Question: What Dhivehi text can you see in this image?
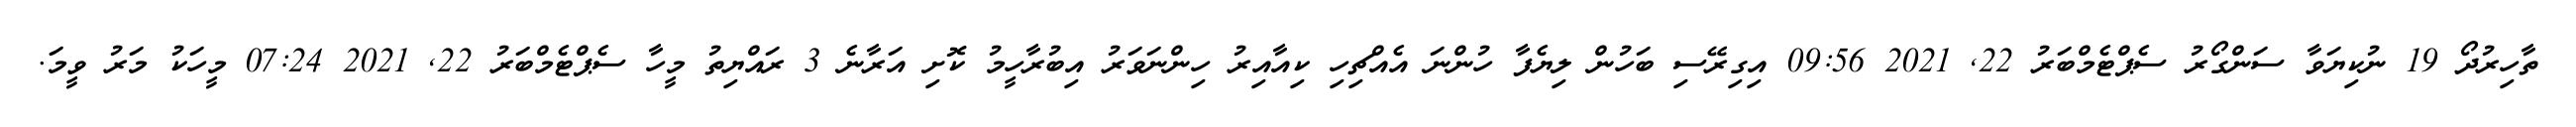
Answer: ތާހިރުދޯ 19 ނުކިޔަވާ ސަންގޯރު ސެޕްޓެމްބަރު 22, 2021 09:56 އިގިރޭސި ބަހުން ލިޔެފާ ހުންނަ އެއްޗިހި ކިއާއިރު ހިންނަވަރު އިބުރާހީމު ކޮށި އަރާނެ 3 ރައްޔިތު މީހާ ސެޕްޓެމްބަރު 22, 2021 07:24 މީހަކު މަރު ވީމަ.